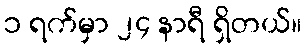
၁ ရက်မှာ ၂၄ နာရီ ရှိတယ်။